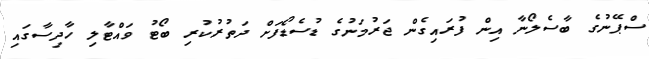
ސްޕޭނުގެ ބާސެލޯނާ އިން ފުރައިގެން ޖަރުމަނުގެ ޑުސެޑޯފަށް ދަތުރުކުރި ބޯޓު ވައްޓާލި ހާދިސާގައި